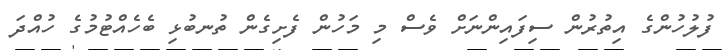
ފުލުހުންގެ އިތުރުން ސިފައިންނަށް ވެސް މި މަހުން ފެށިގެން ތުނބުޅި ބެހެއްޓުމުގެ ހުއްދަ